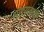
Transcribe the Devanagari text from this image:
मुराराबादी